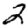
Digit: 2